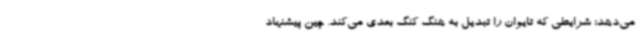
می‌دهد؛ شرایطی که تایوان را تبدیل به هنگ کنگ بعدی می‌کند. چین پیشنهاد